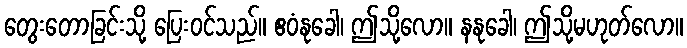
တွေးတောခြင်းသို့ ပြေးဝင်သည်။ ဧဝံနုခေါ၊ ဤသို့လော။ နနုခေါ၊ ဤသို့မဟုတ်လော။